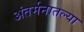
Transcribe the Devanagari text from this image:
अंतर्मनातल्या